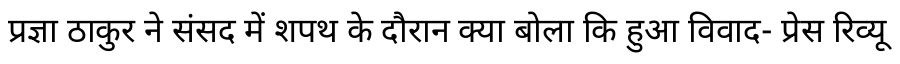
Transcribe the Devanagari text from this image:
प्रज्ञा ठाकुर ने संसद में शपथ के दौरान क्या बोला कि हुआ विवाद- प्रेस रिव्यू